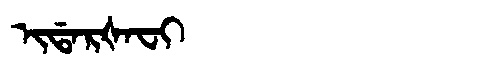
Manchu: ᡳᡩᠠᡵᡧᠠᠸᡳ
Romanization: IDARŠAFI